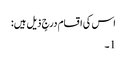
اس کی اقسام درجٍ ذیل ہیں:
1۔